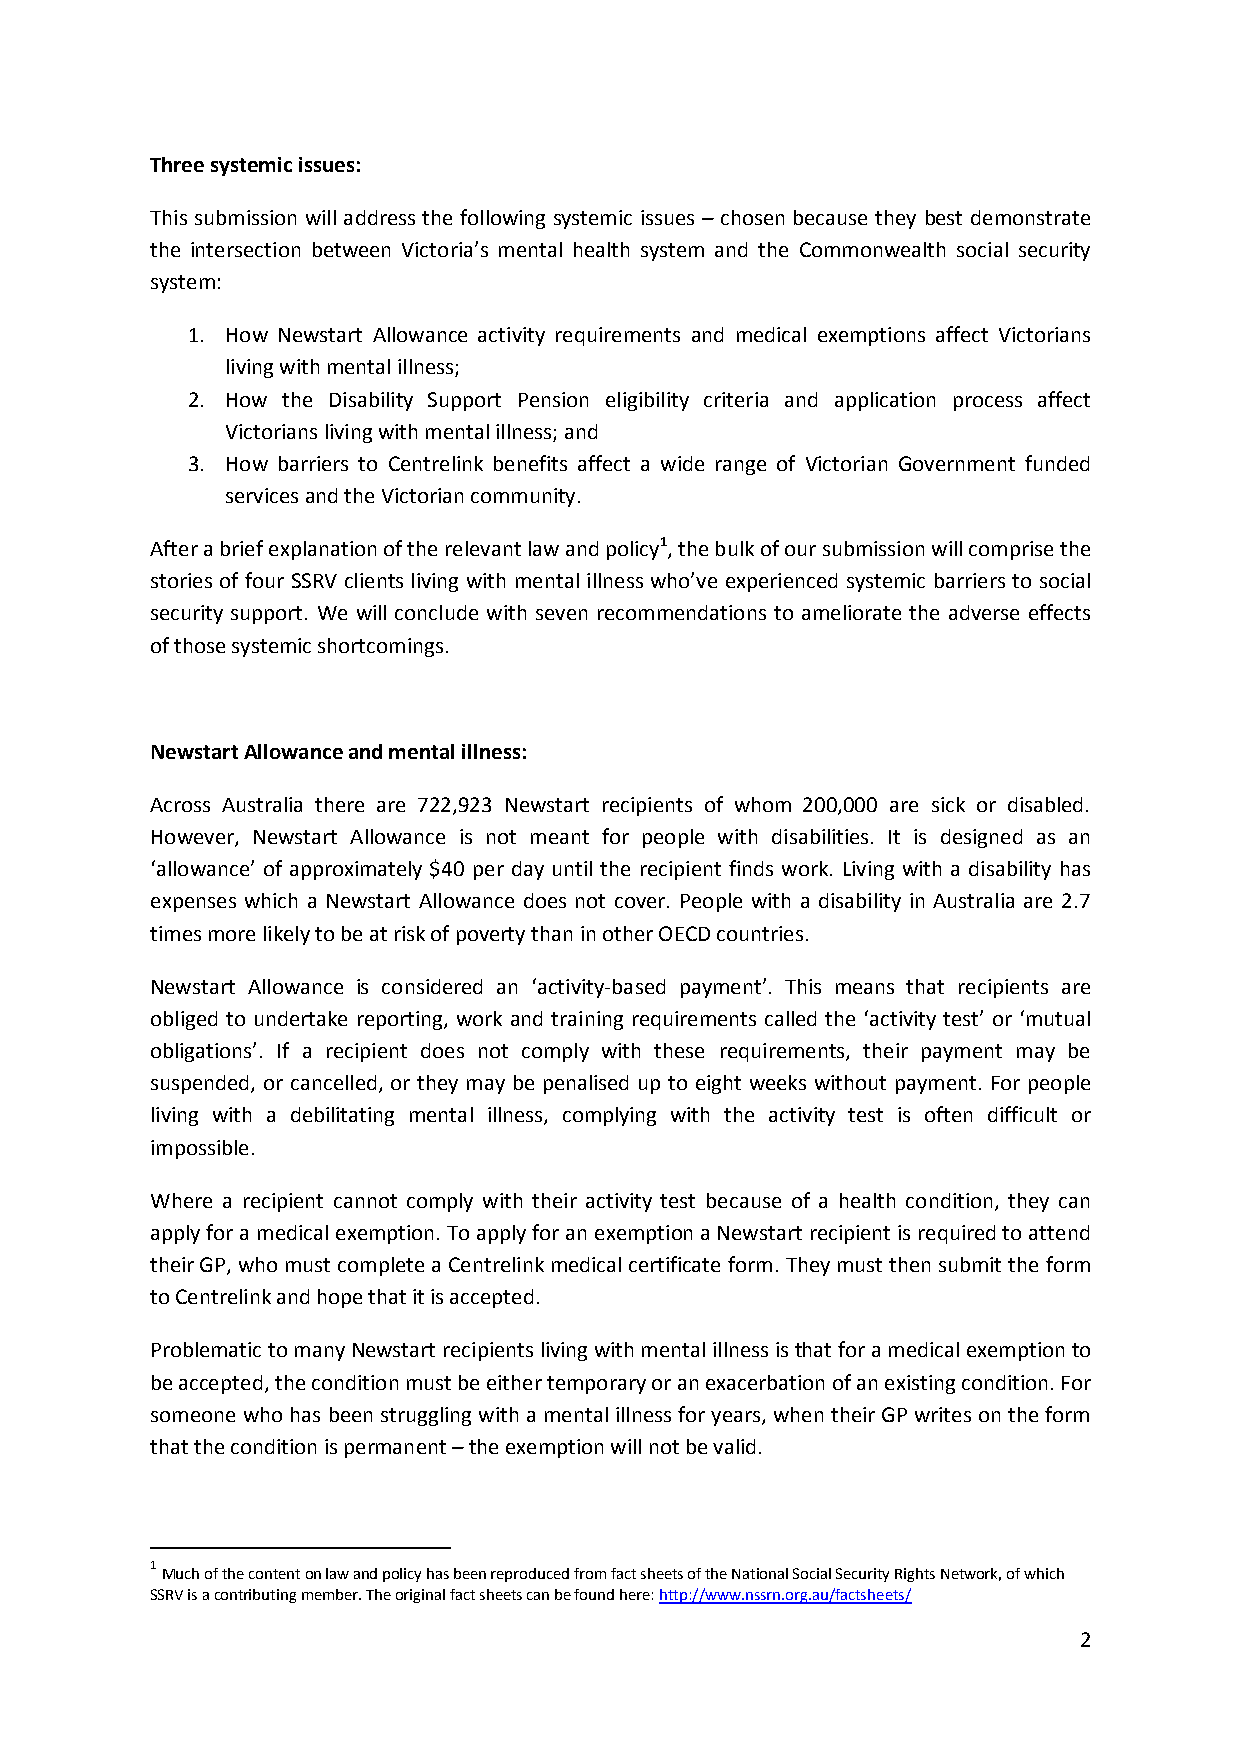
Three systemic issues:
 This submission will address the following systemic issues – chosen because they best demonstrate
 the intersection between Victoria’s mental health system and the Commonwealth social security
 system:
 1. How Newstart Allowance activity requirements and medical exemptions affect Victorians
 living with mental illness;
 2. How the Disability Support Pension eligibility criteria and application process affect
 Victorians living with mental illness; and
 3. How barriers to Centrelink benefits affect a wide range of Victorian Government funded
 services and the Victorian community.
 After a brief explanation of the relevant law and policy1, the bulk of our submission will comprise the
 stories of four SSRV clients living with mental illness who’ve experienced systemic barriers to social
 security support. We will conclude with seven recommendations to ameliorate the adverse effects
 of those systemic shortcomings.
 Newstart Allowance and mental illness:
 Across Australia there are 722,923 Newstart recipients of whom 200,000 are sick or disabled.
 However, Newstart Allowance is not meant for people with disabilities. It is designed as an
 ‘allowance’ of approximately $40 per day until the recipient finds work. Living with a disability has
 expenses which a Newstart Allowance does not cover. People with a disability in Australia are 2.7
 times more likely to be at risk of poverty than in other OECD countries.
 Newstart Allowance is considered an ‘activity-based payment’. This means that recipients are
 obliged to undertake reporting, work and training requirements called the ‘activity test’ or ‘mutual
 obligations’. If a recipient does not comply with these requirements, their payment may be
 suspended, or cancelled, or they may be penalised up to eight weeks without payment. For people
 living with a debilitating mental illness, complying with the activity test is often difficult or
 impossible.
 Where a recipient cannot comply with their activity test because of a health condition, they can
 apply for a medical exemption. To apply for an exemption a Newstart recipient is required to attend
 their GP, who must complete a Centrelink medical certificate form. They must then submit the form
 to Centrelink and hope that it is accepted.
 Problematic to many Newstart recipients living with mental illness is that for a medical exemption to
 be accepted, the condition must be either temporary or an exacerbation of an existing condition. For
 someone who has been struggling with a mental illness for years, when their GP writes on the form
 that the condition is permanent – the exemption will not be valid.
 1
 Much of the content on law and policy has been reproduced from fact sheets of the National Social Security Rights Network, of which
 SSRV is a contributing member. The original fact sheets can be found here: http://www.nssrn.org.au/factsheets/
 2